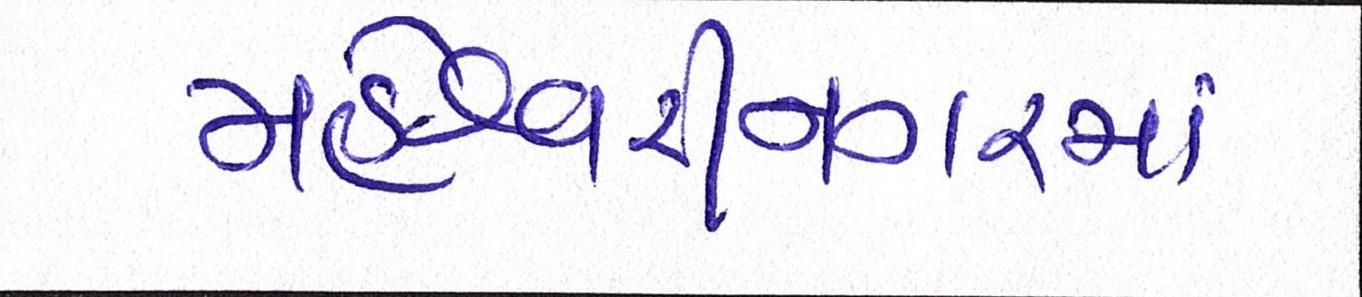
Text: મહેશ્વરીનગરમાં